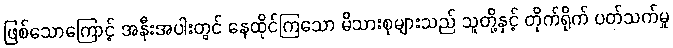
ဖြစ်သောကြောင့် အနီးအပါးတွင် နေထိုင်ကြသော မိသားစုများသည် သူတို့နှင့် တိုက်ရိုက် ပတ်သက်မှု